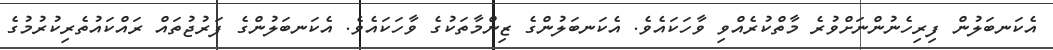
އެކަނބަލުން ފިރިހެނުންނަށްވުރެ މާތްކުރެއްވި ވާހަކައެވެ. އެކަނބަލުންގެ ޒިންމާތަކުގެ ވާހަކައެވެ. އެކަނބަލުންގެ ފަރުޖުތައް ރައްކައުތެރިކުރުމުގެ